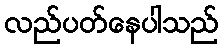
လည်ပတ်နေပါသည်